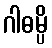
ဂါဓမ္ပိ